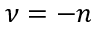
\nu = - n